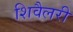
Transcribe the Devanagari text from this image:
शिवैलरी